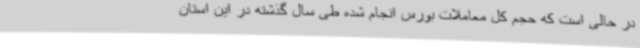
در حالی است که حجم کل معاملات بورس انجام شده طی سال گذشته در این استان